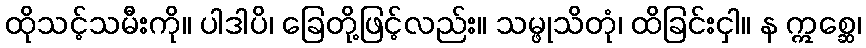
ထိုသင့်သမီးကို။ ပါဒါပိ၊ ခြေတို့ဖြင့်လည်း။ သမ္ဖုသိတုံ၊ ထိခြင်းငှါ။ န ဣစ္ဆေ၊